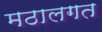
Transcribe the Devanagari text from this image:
मठालगत